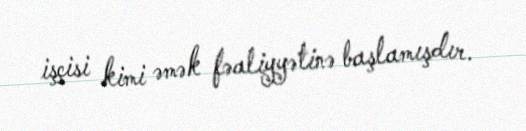
işçisi kimi əmək fəaliyyətinə başlamışdır.